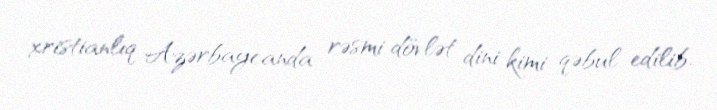
xristianlıq Azərbaycanda rəsmi dövlət dini kimi qəbul edilib.